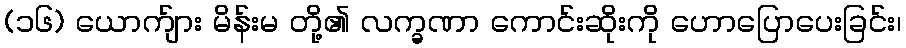
(၁၆) ယောက်ျား မိန်းမ တို့၏ လက္ခဏာ ကောင်းဆိုးကို ဟောပြောပေးခြင်း၊